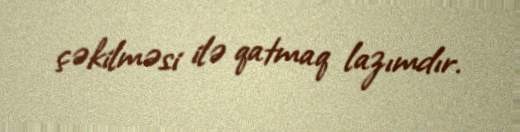
çəkilməsi ilə qatmaq lazımdır.